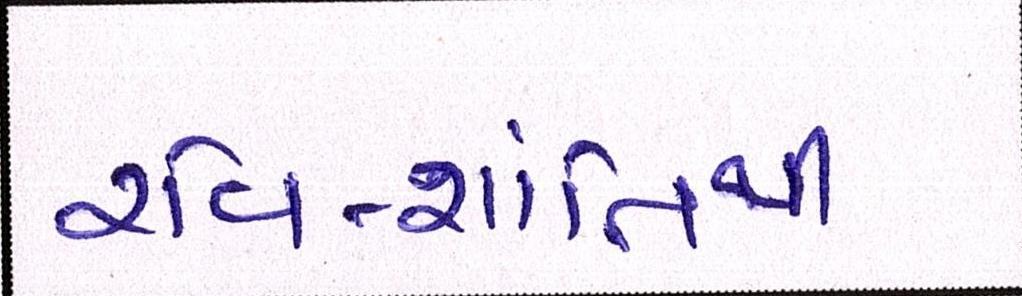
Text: રવિ-શાંતિથી